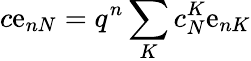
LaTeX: c\mathrm{e}_{nN}=q^{n}\sum_{K}c_{N}^{K}\mathrm{e}_{nK}